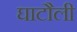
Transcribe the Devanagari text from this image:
घाटौली